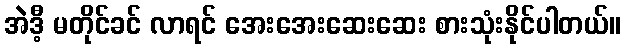
အဲဒီ့ မတိုင်ခင် လာရင် အေးအေးဆေးဆေး စားသုံးနိုင်ပါတယ်။